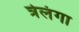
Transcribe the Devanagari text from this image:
त्रेलंगा